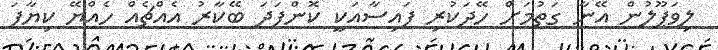
ލިވަޕޫލުން އޭނާ ގަތުމަށް ހޭދަކުރި ފައިސާއަކީ ކޮންފަދަ ބޭކާރު އެއްޗެއް ހެއްޔޭ ކިޔާފަ